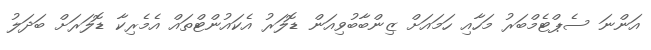
އަންނަ ސެޕްޓެމްބަރު މަހާއި ހަމައަށް ޒިންބާބުވިއަން ޑޮލަރު އެކައުންޓްތައް އެމެރިކާ ޑޮލަރަށް ބަދަލު